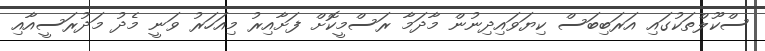
ސްކޫލްތަކުގައި އަރަބިބަސް ކިޔަވައިދިނުން މާދަމާ ރަސްމީކޮށް ފަށާއިރު މިއަހަރު ވަނީ މެދު މަދުރަސީއާއި